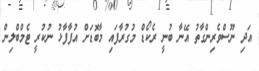
އަދި ނޫސްވެރިންގާތު އޭނާ ބުނީ ރެކޯޑް މުގުރާފައި މާބޮޑަށް އުފާފާޅު ނުކުރީ ޓެމްބްލިން